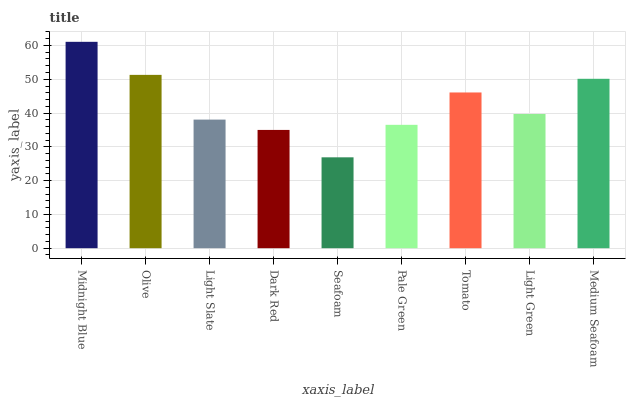
| xaxis_label | bars |
 | --- | --- |
 | Midnight Blue | 61.1 |
 | Olive | 51.3 |
 | Light Slate | 38.1 |
 | Dark Red | 35 |
 | Seafoam | 26.9 |
 | Pale Green | 36.5 |
 | Tomato | 46.1 |
 | Light Green | 39.7 |
 | Medium Seafoam | 50.1 |